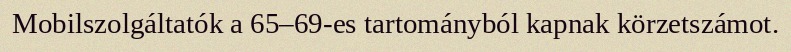
Mobilszolgáltatók a 65–69-es tartományból kapnak körzetszámot.